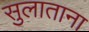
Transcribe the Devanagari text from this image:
सुलाताना